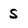
Character: 5